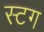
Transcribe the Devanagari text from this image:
स्टग